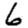
Digit: 6